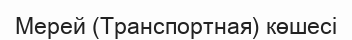
Мерей (Транспортная) көшесі